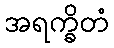
အရက္ခိတံ